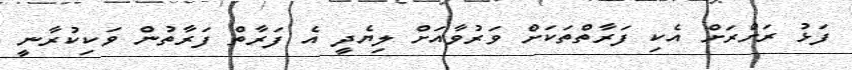
ފަޅު ރަށްރަށް އެކި ފަރާތްތަކަށް ވަރުވާއަށް ލިޔެދީ އެ ފަރާތް ފަރާތުން ވަކިކުރާނީ